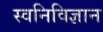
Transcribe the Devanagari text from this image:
स्वनिविज्ञान